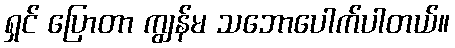
ရှင် ပြောတာ ကျွန်မ သဘောပေါက်ပါတယ်။